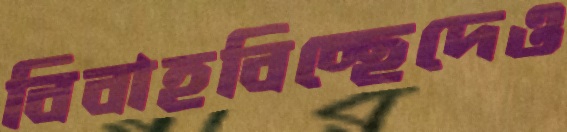
বিবাহবিচ্ছেদেও